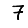
Digit: 7